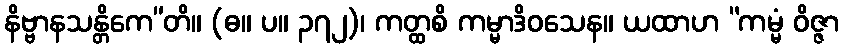
နိဗ္ဗာနသန္တိကေ”တိ။ (ဓ။ ပ။ ၃၇၂)၊ ကတ္ထစိ ကမ္မာဒိဝသေန။ ယထာဟ “ကမ္မံ ဝိဇ္ဇာ